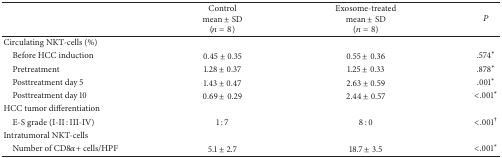
<table><thead><tr><td><b> </b></td><td><b>Controlmean ± SD(<i>n</i> = 8)</b></td><td><b>Exosome-treatedmean ± SD(<i>n</i> = 8)</b></td><td><b><i>P</i></b></td></tr></thead><tbody><tr><td>Circulating NKT-cells (%) </td><td> </td><td> </td><td> </td></tr><tr><td> Before HCC induction</td><td>0.45 ± 0.35</td><td>0.55 ± 0.36</td><td>.574<sup>*</sup></td></tr><tr><td> Pretreatment</td><td>1.28 ± 0.37</td><td>1.25 ± 0.33</td><td>.878<sup>*</sup></td></tr><tr><td> Posttreatment day 5</td><td>1.43 ± 0.47</td><td>2.63 ± 0.59</td><td>.001<sup>*</sup></td></tr><tr><td> Posttreatment day 10 </td><td>0.69 ± 0.29</td><td>2.44 ± 0.57</td><td>&lt;.001<sup>*</sup></td></tr><tr><td>HCC tumor differentiation</td><td> </td><td> </td><td> </td></tr><tr><td> E-S grade (I-II : III-IV) </td><td> 1 : 7</td><td>8 : 0</td><td>&lt;.001<sup>†</sup></td></tr><tr><td>Intratumoral NKT-cells</td><td> </td><td> </td><td> </td></tr><tr><td> Number of CD8<i>α</i>+ cells/HPF</td><td>5.1 ± 2.7</td><td>18.7 ± 3.5</td><td>&lt;.001<sup>*</sup></td></tr></tbody></table>